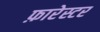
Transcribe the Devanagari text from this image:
फ़ारेस्टर